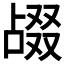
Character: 𫧴